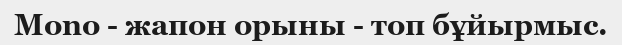
Mono - жапон орыны - топ бұйырмыс.